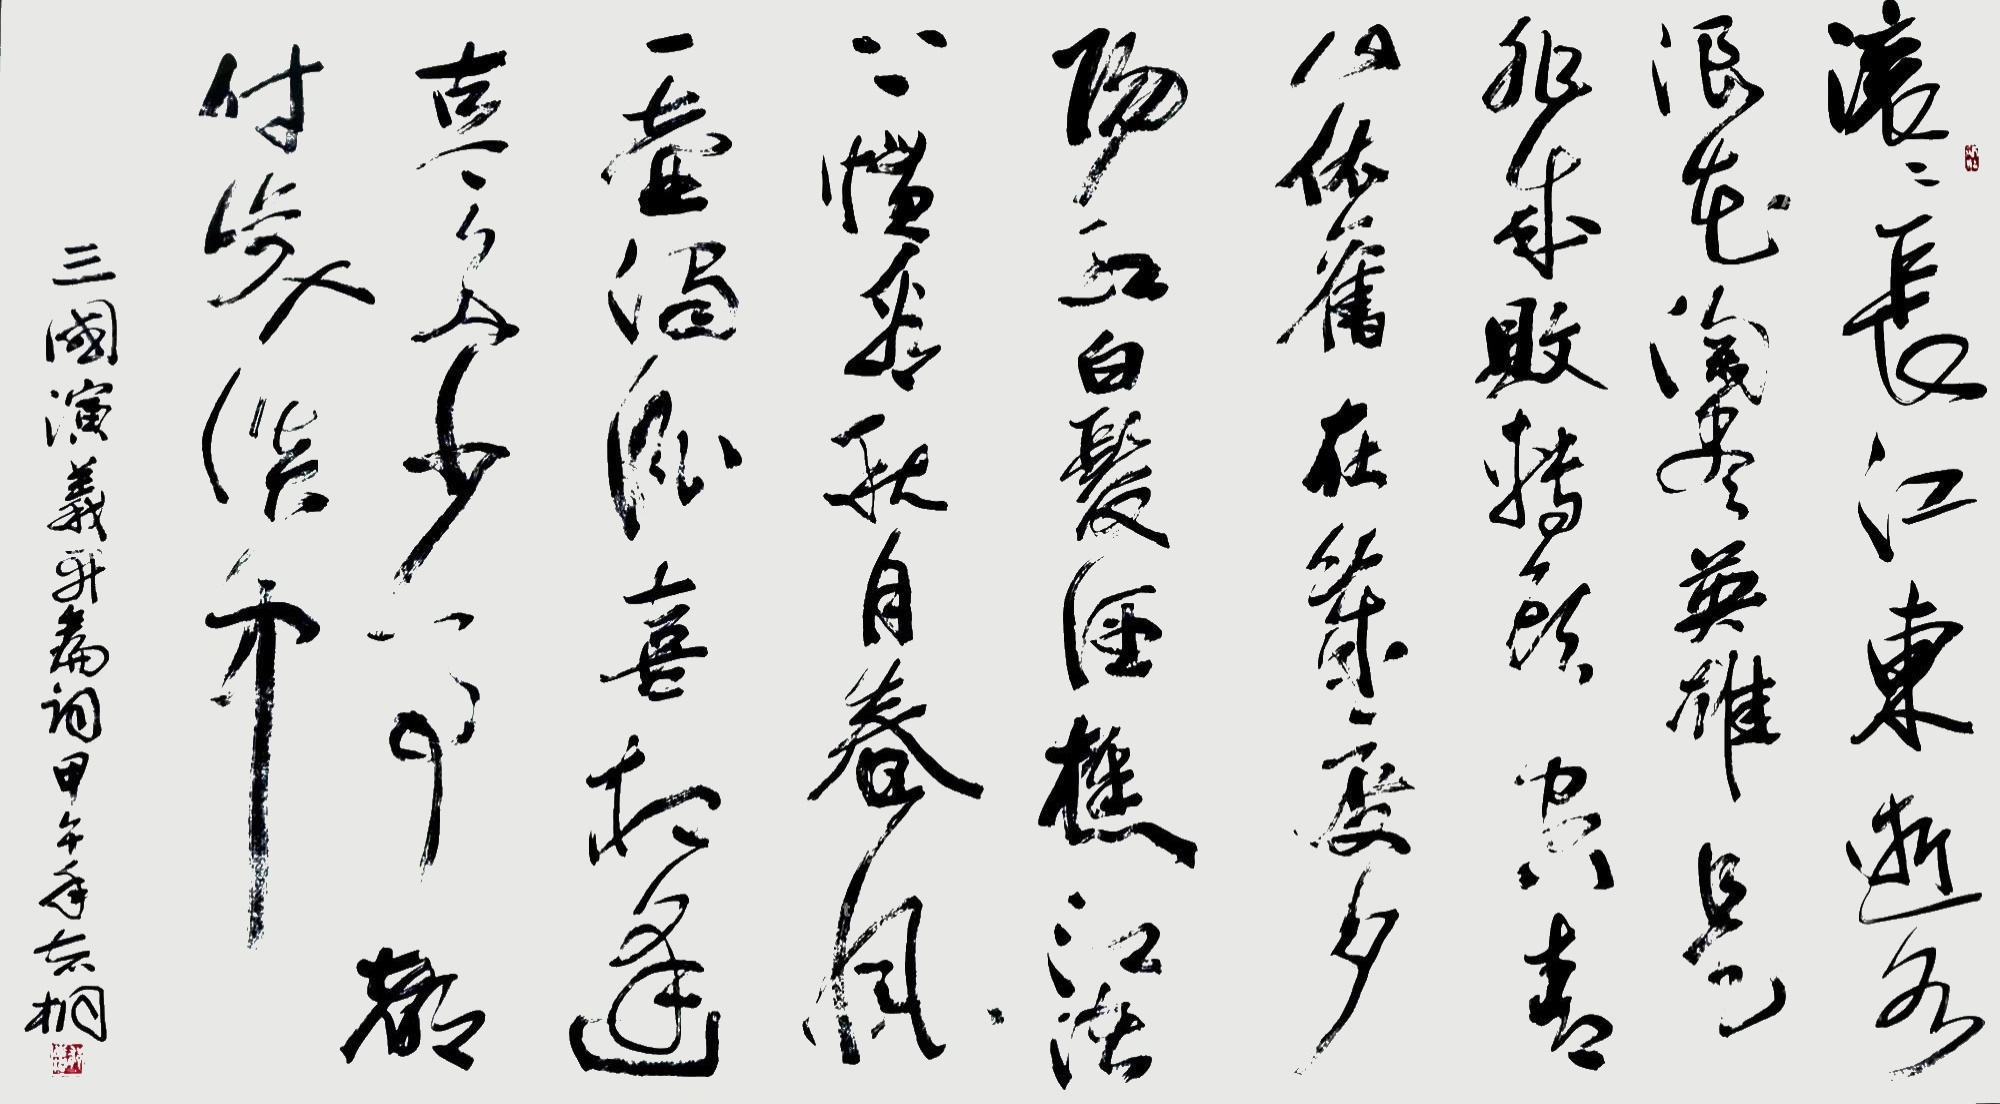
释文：滚滚长江东逝水，浪花淘尽英雄。是非成败转头空。青山依旧在，几度夕阳红。白发渔樵江渚上，惯看秋月春风。一壶浊酒喜相逢。古今多少事，都付笑谈中。郁志桐2014年作